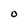
Character: O